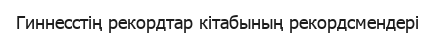
Гиннесстің рекордтар кітабының рекордсмендері